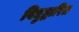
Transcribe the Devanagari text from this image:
विद्युद्धारित्र